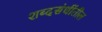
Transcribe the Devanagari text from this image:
शब्दसंधींतील